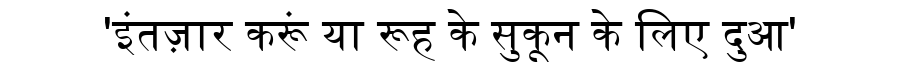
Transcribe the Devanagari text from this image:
'इंतज़ार करूं या रूह के सुकून के लिए दुआ'